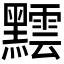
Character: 𪒝